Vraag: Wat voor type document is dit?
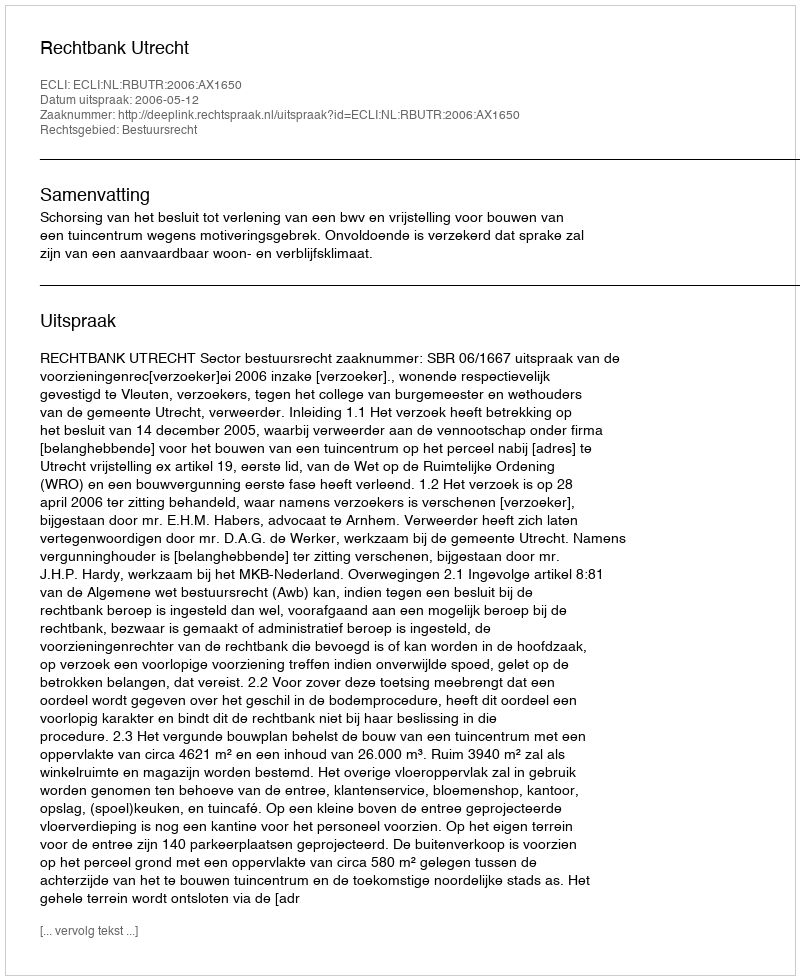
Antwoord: Uitspraak